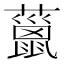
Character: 𧀨